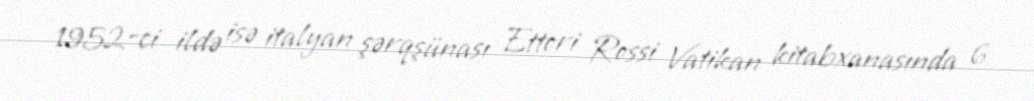
1952-ci ildə isə italyan şərqşünası Ettori Rossi Vatikan kitabxanasında 6